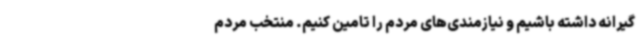
گیرانه داشته باشیم و نیازمندی‌های مردم را تامین کنیم. منتخب مردم